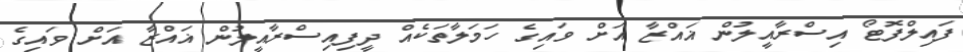
ފައިލްފޮޓޯ އިސްރާއީލުން ޣައްޒާ އަށް ވައިގެ ހަމަލާތަކެއް ދީފިއިސްރާއީލުން ޣައްޒާ އަށް ވައިގެ